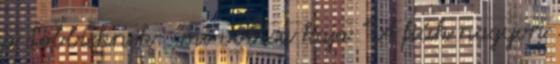
a többieknek: "mi volt a kaja " A fiúk nagyon